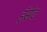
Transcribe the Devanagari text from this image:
हॅसेट